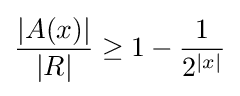
{\frac {|A(x)|}{|R|}}\geq 1-{\frac {1}{2^{|x|}}}